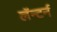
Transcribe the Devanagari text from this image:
लॅन्टर्न